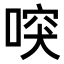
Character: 𠸂